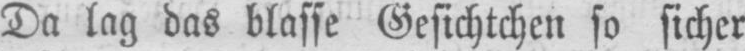
Da lag das blasse Gesichtchen so sicher